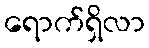
ရောက်ရှိလာ